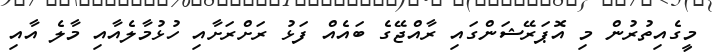
މީގެއިތުރުން މި އޮޕަރޭޝަންގައި ރާއްޖޭގެ ބައެއް ފަޅު ރަށްރަށާއި ހުޅުމާލެއާއި މާލެ އާއި